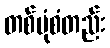
တစ်ပုံစံတည်း